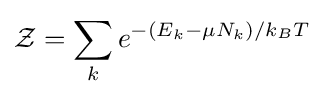
{\mathcal {Z}}=\sum _{k}e^{-(E_{k}-\mu N_{k})/k_{B}T}